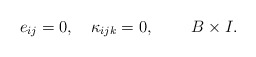
\begin{align*}e_{ij}=0,\quad\kappa_{ijk}=0,\qquad\;B\times I.\end{align*}